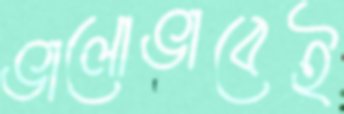
ভালোভাবেই